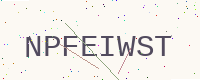
Text: NPFEIWST